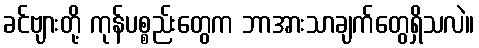
ခင်ဗျားတို့ ကုန်ပစ္စည်းတွေက ဘာအားသာချက်တွေရှိသလဲ။